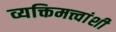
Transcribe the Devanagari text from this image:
व्यक्तिमत्त्वांशी